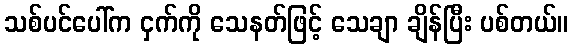
သစ်ပင်ပေါ်က ငှက်ကို သေနတ်ဖြင့် သေချာ ချိန်ပြီး ပစ်တယ်။